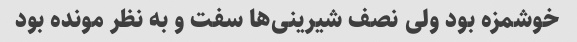
خوشمزه بود ولی نصف شیرینی‌ها سفت و به نظر مونده بود